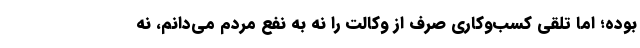
بوده؛ اما تلقی کسب‌وکاری صرف از وکالت را نه به نفع مردم می‌دانم، نه